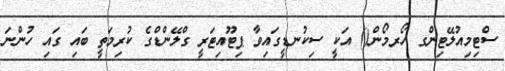
ސްޓިމިއުލޭޓިންގ ހޯރމޯން() އަކީ ސިކުނޑީގައިވާ ޕިޓޫއިޓަރީ ގްލޭންޑްގެ ކުރިމަތީ ބައި ގައި ހުންނަ